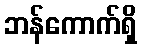
ဘန်ကောက်ရှိ